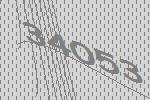
34053